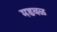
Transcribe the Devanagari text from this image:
मडवळ